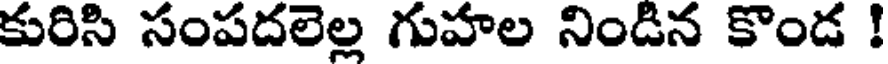
కురిసి సంపదలెల్ల గుహల నిండిన కొండ !